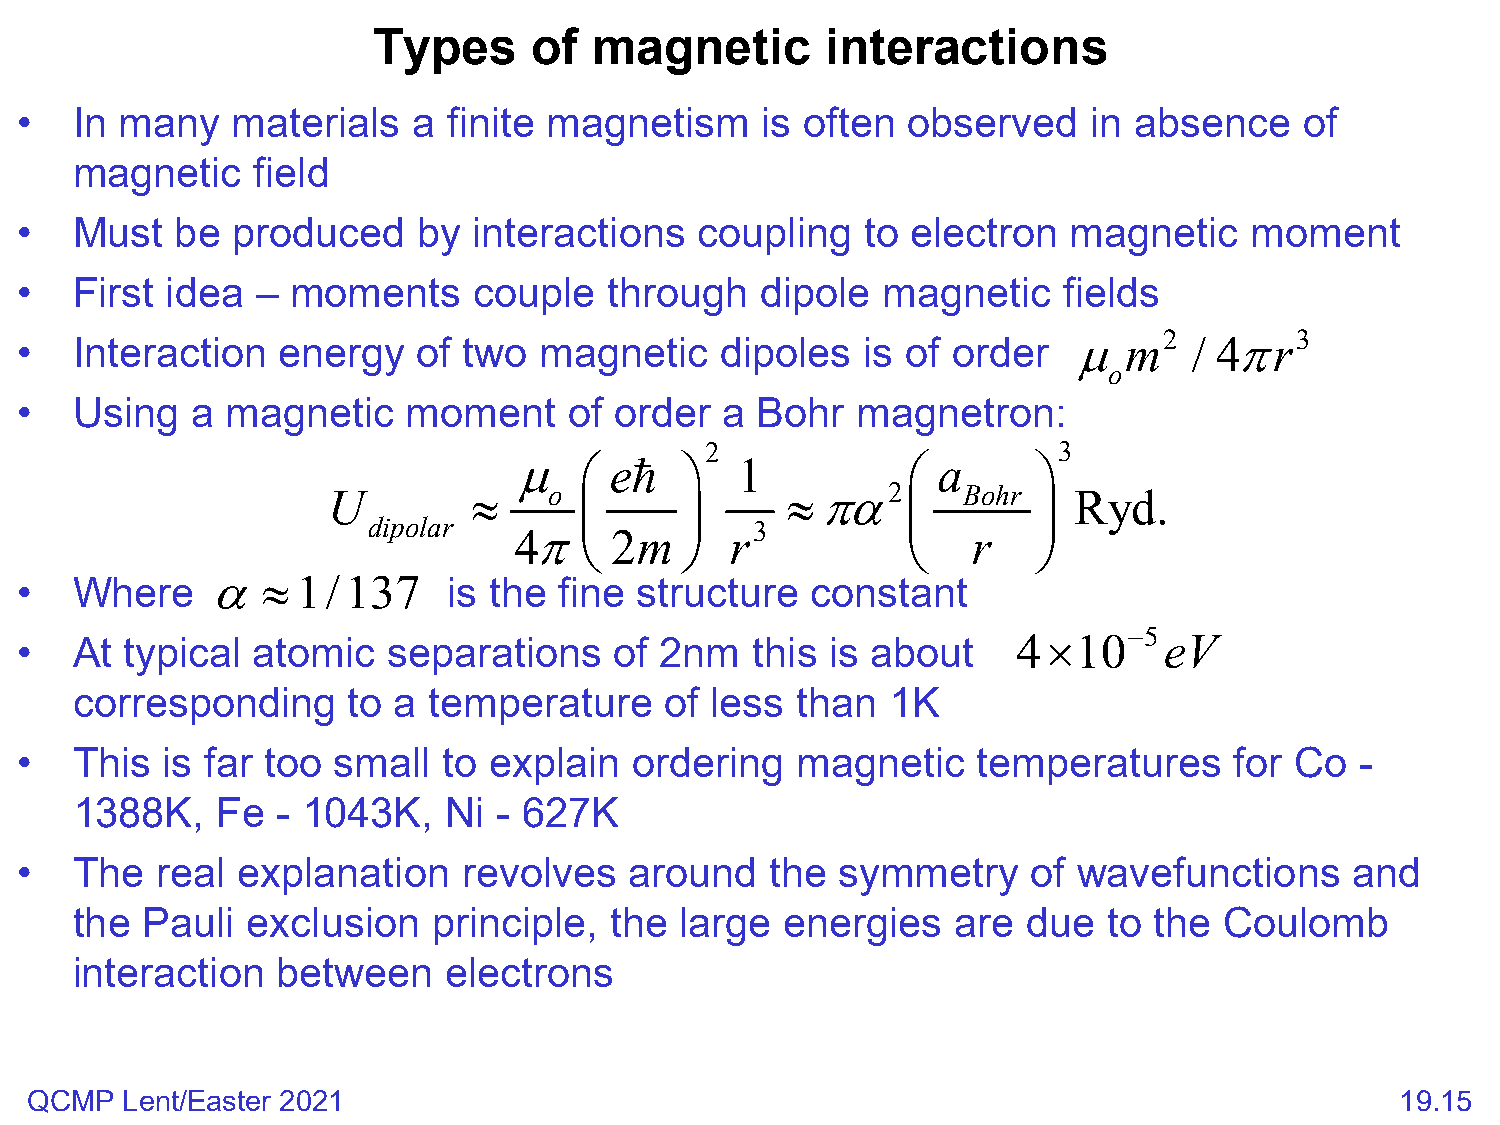
Types     of  magnetic        interactions
 •   In many   materials   a  finite magnetism    is often  observed    in absence    of
 magnetic    field
 •   Must   be produced     by interactions   coupling   to electron   magnetic    moment
 •   First idea  – moments     couple   through   dipole  magnetic    fields
 •   Interaction  energy    of two  magnetic    dipoles  is of order
 µm2     / 4πr3
 o
 •   Using   a magnetic    moment     of order  a Bohr   magnetron:
 2                      3
 µ    e      1           a      
 U        ≈    o               ≈πα2        Bohr   Ryd.
                             
 dipolar   4π   2m     r3             r    
 •   Where    α  ≈  1 / 1 3 7 is the fine structure   constant
 •   At typical  atomic   separations    of 2nm   this is about    4 × 1 0 − 5 e V
 corresponding     to a temperature     of less  than  1K
 •   This  is far too small  to explain   ordering   magnetic    temperatures     for Co  -
 1388K,   Fe  - 1043K,   Ni  - 627K
 •   The  real  explanation    revolves   around   the  symmetry    of wavefunctions      and
 the Pauli  exclusion    principle, the  large  energies   are  due  to the  Coulomb
 interaction  between    electrons
 QCMP  Lent/Easter 2021                                                                     19.15